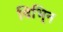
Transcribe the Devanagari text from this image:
विभि्न